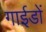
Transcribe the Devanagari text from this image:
गाईडों